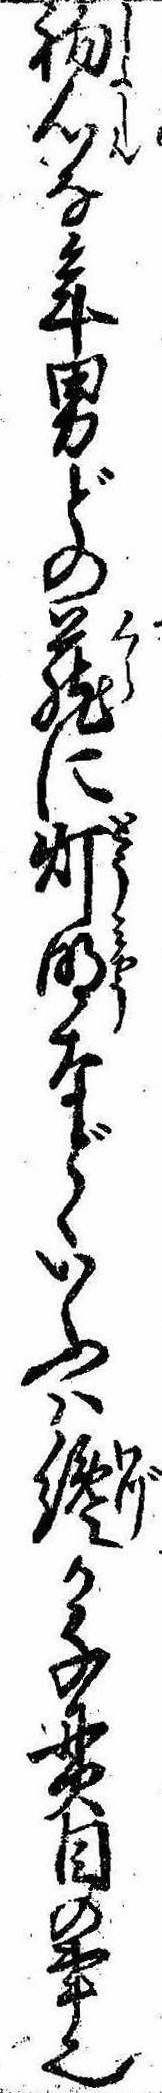
初心な年男どの蔵に灯明などゝいふは纔か千貫目の事也